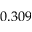
0 . 3 0 9